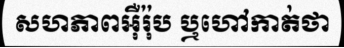
សហភាពអ៊ឺរ៉ុប ឬហៅកាត់ថា